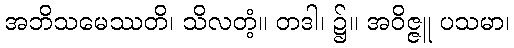
အဘိသမေဿတိ၊ သိလတံ့။ တဒါ၊ ၌။ အဝိဇ္ဇူ ပသမာ၊